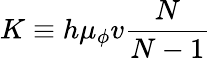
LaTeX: K\equiv h\mu_{\phi}v\frac{N}{N-1}